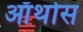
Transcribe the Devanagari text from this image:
ऑर्थोस